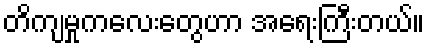
တိကျမှုကလေးတွေဟာ အရေးကြီးတယ်။